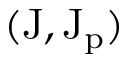
( \mathrm { { J } , \mathrm { { J _ { p } } ) } }